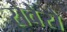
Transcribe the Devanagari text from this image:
सेवेरो